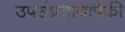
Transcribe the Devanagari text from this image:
उपसंप्रदायापैकी